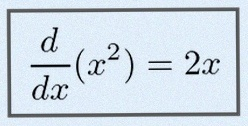
\frac{d}{dx}(x^2)=2x